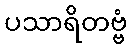
ပသာရိတဗ္ဗံ